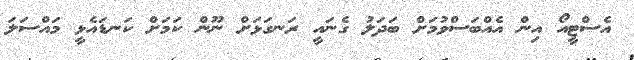
އެސްޓީއޯ އިން އެއްބަސްވުމަށް ބަދަލު ގެނައީ ރަނގަޅަށް ނޫން ކަމަށް ކަނޑައެޅީ މައްސަލަ